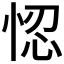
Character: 𢚴